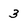
Character: 3